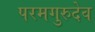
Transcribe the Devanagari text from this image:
परमगुरुदेव